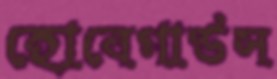
হোবেগার্ডস